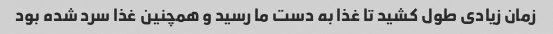
زمان زیادی طول کشید تا غذا به دست ما رسید و همچنین غذا سرد شده بود